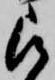
被